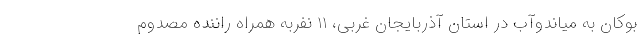
بوکان به میاندوآب در استان آذربایجان غربی، ۱۱ نفربه همراه راننده مصدوم